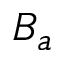
B _ { a }